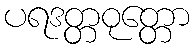
ပရဒတ္တဝုတ္တော